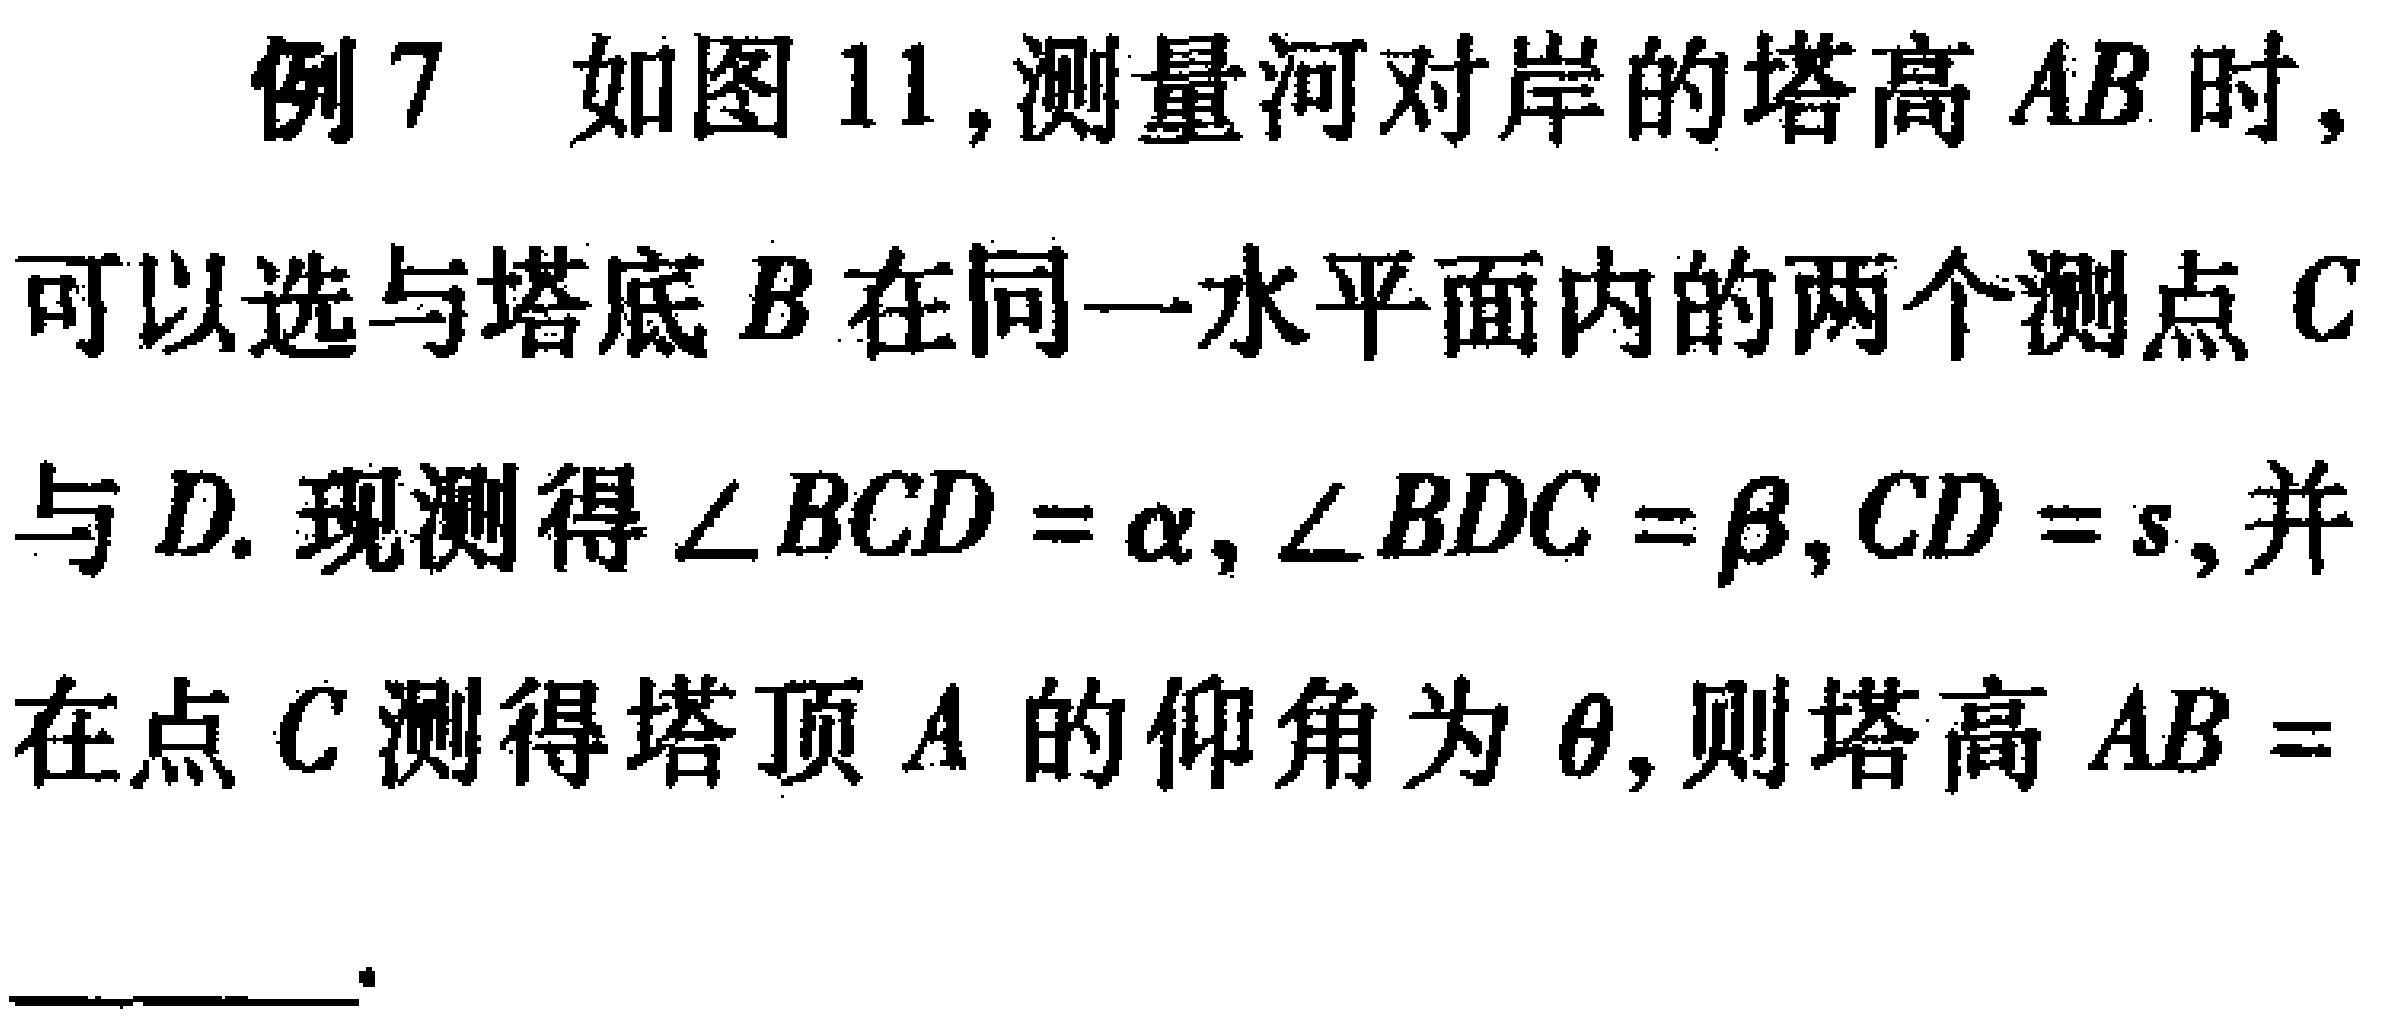
例7 如图11,测量河对岸的塔高\(AB\)时,可以选与塔底\(B\)在同一水平面内的两个测点\(C\)与\(D\). 现测得\(\angle BCD = \alpha,\angle BDC = \beta,CD = s\),并在点\(C\)测得塔顶\(A\)的仰角为\(\theta\),则塔高\(AB =\)______.